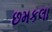
છમકલા